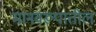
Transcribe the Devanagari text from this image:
मानवरूपातील